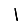
Digit: 1